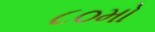
૮૦મો